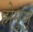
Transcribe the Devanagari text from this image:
होमुजु